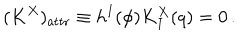
( K ^ { X } ) _ { \mathrm { a t t r } } \equiv h ^ { I } ( \phi ) K _ { I } ^ { X } ( q ) = 0 \, .